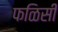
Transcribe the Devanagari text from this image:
फळिसी